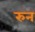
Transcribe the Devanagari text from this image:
रुन